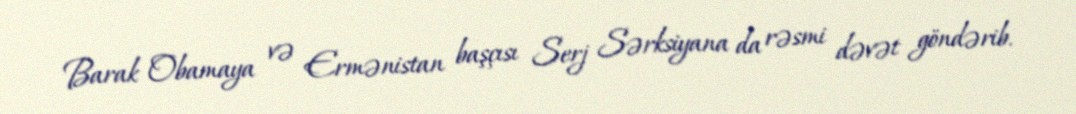
Barak Obamaya və Ermənistan başçısı Serj Sərksiyana da rəsmi dəvət göndərib.